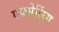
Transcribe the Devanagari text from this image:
एक्सेलिंग